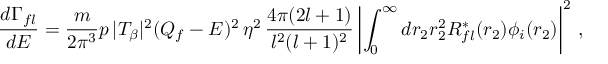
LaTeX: { \frac { d \Gamma _ { f l } } { d E } } = { \frac { m } { 2 \pi ^ { 3 } } } p \, | T _ { \beta } | ^ { 2 } ( Q _ { f } - E ) ^ { 2 } \, \eta ^ { 2 } \, { \frac { 4 \pi ( 2 l + 1 ) } { l ^ { 2 } ( l + 1 ) ^ { 2 } } } \left| \int _ { 0 } ^ { \infty } d r _ { 2 } r _ { 2 } ^ { 2 } R _ { f l } ^ { * } ( r _ { 2 } ) \phi _ { i } ( r _ { 2 } ) \right| ^ { 2 } \, ,